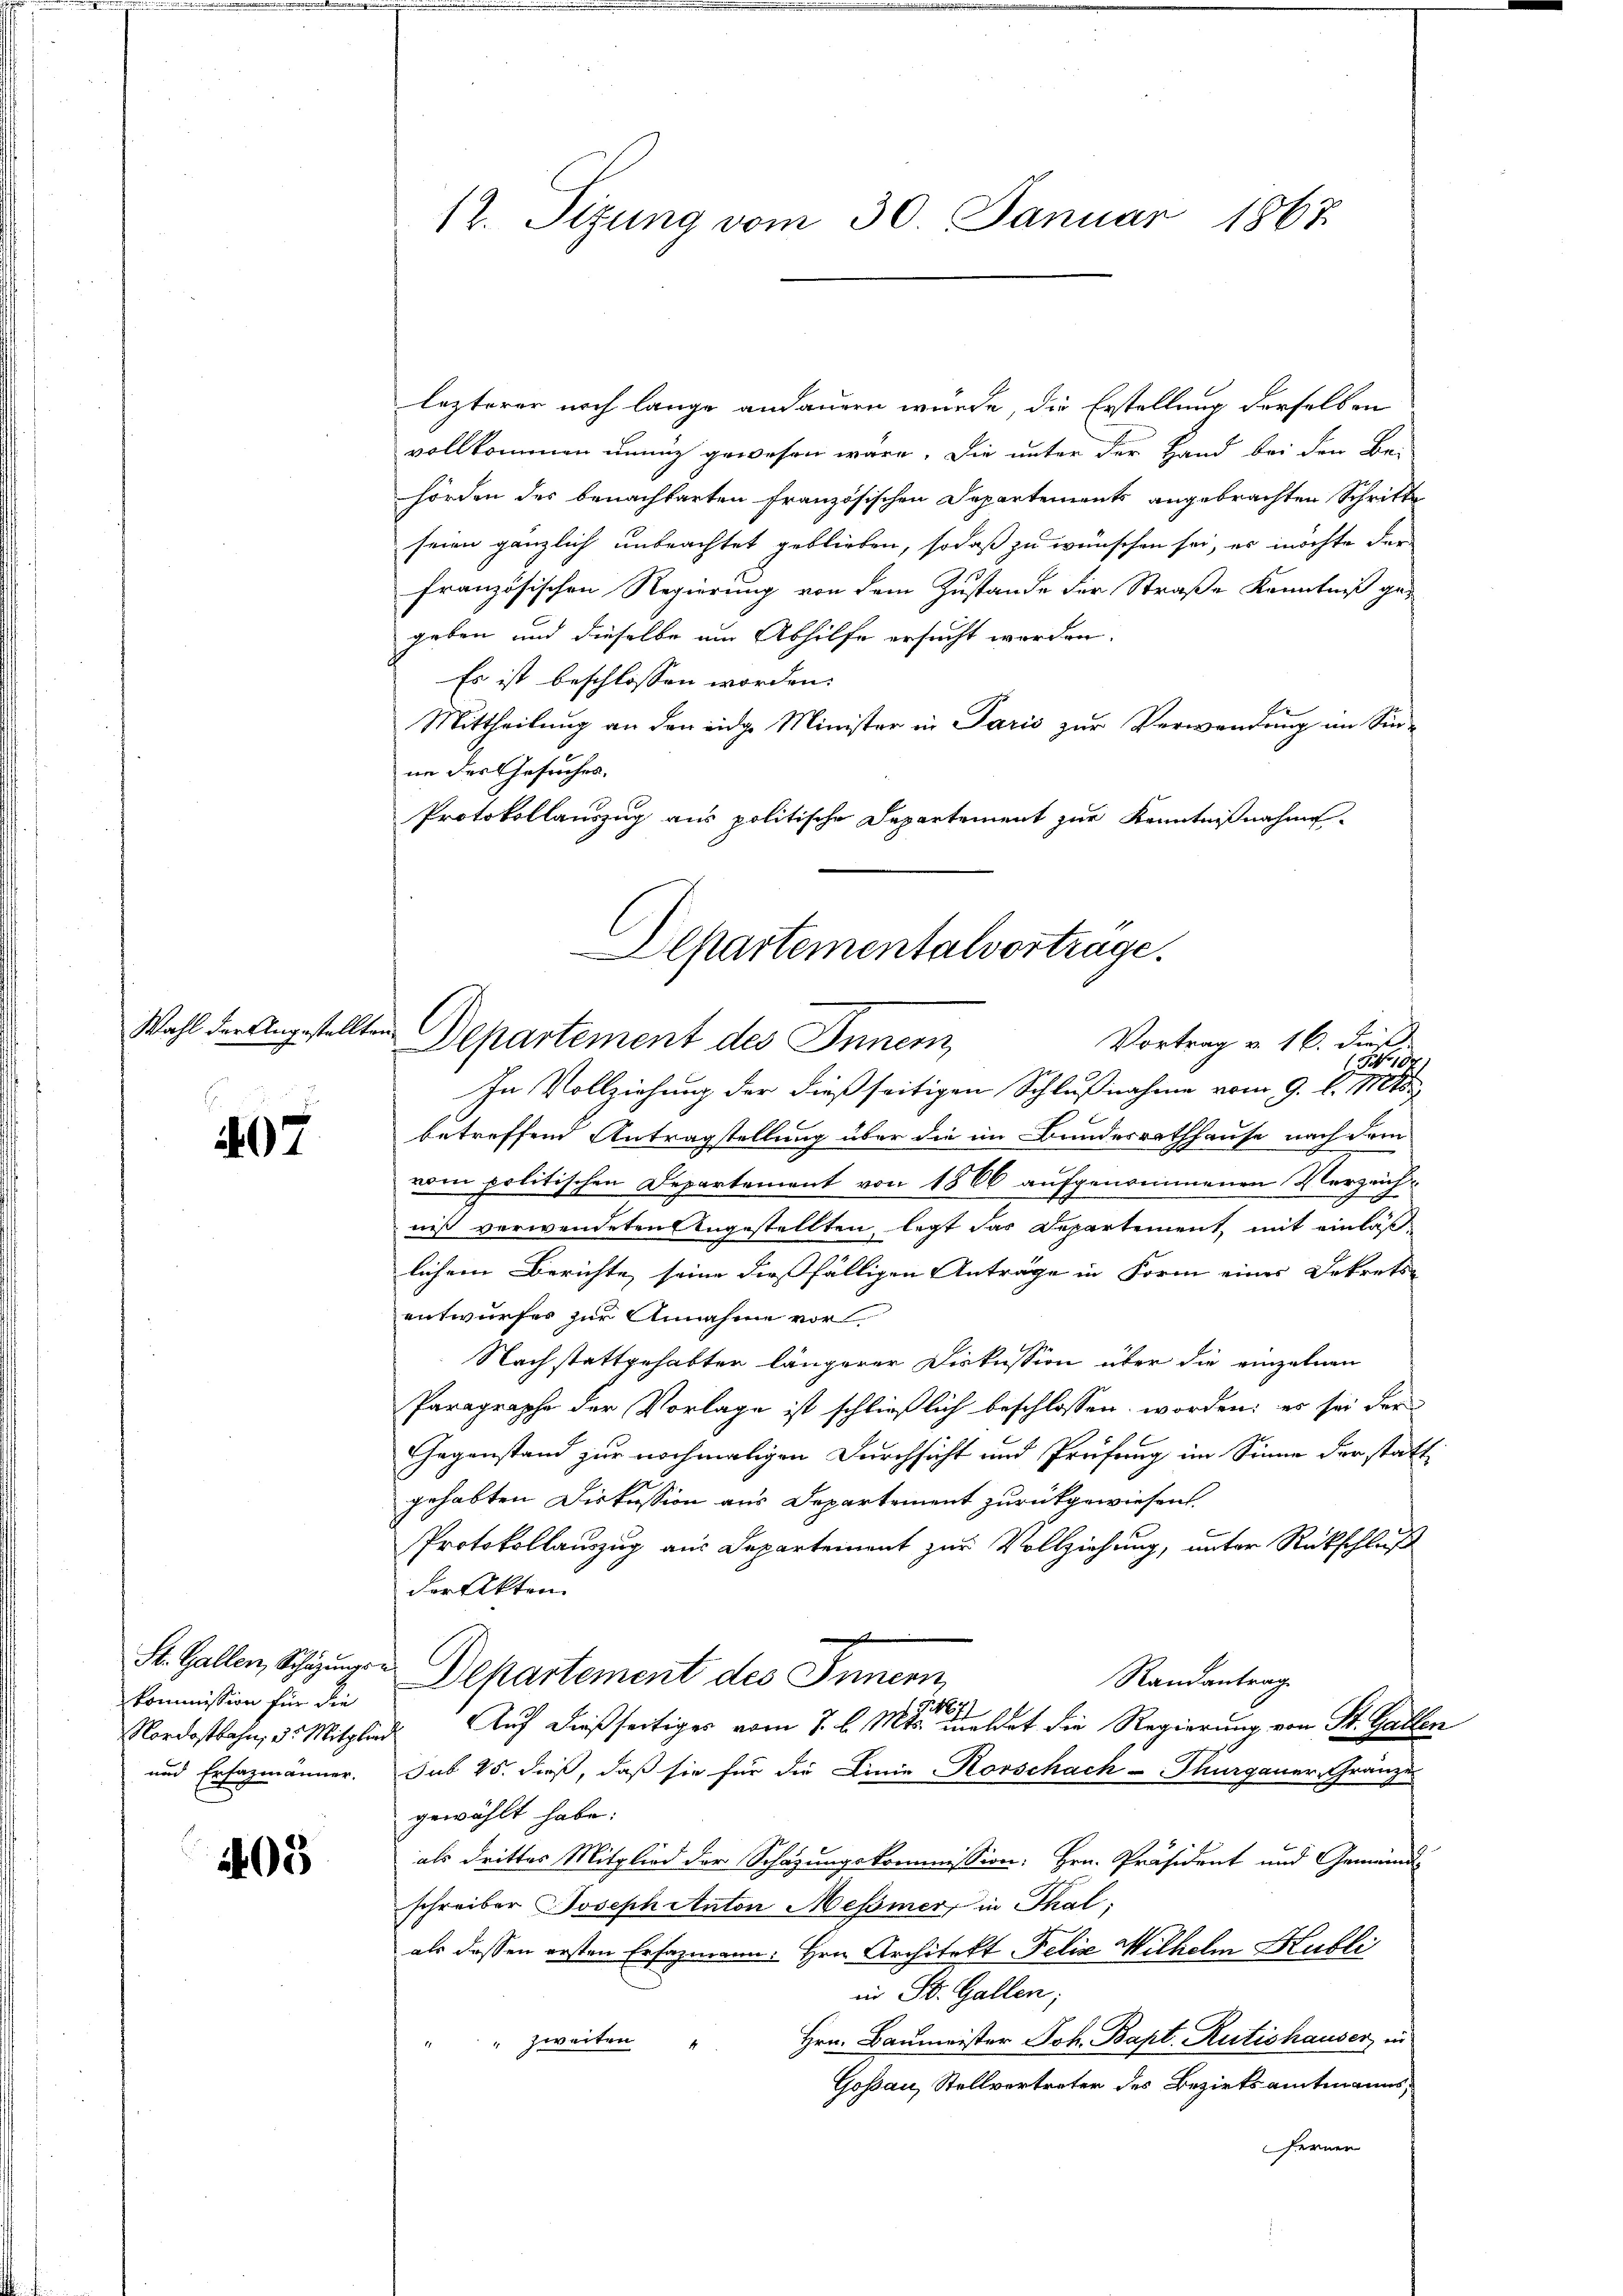
Wahl der Angestellten

407

kommission für die
Nordostbahn, d. Mitglied
und Erfazmänner.

403

12. Sizung vom 30. Januar 1867.

Departementalvortrage.
Vortrag v. 16. dieß
Departement des Innen,

lezterer noch lange andauern wurde, die Erstellung derselben
vollkommen unung gewesen wäre. Die unter der Hand bei den Be-
hörden des benachbarten französischen Departements angebrachten Schritte
seien gänzlich unbeachtet geblieben, sodaß zu wünschen sei, es möchte der
französischen Regierung von dem Zustande der Straße Kenntniß gegeben und dieselbe um Abhilfe ersucht werden.
Es ist beschlossen worden.
Mittheilung an den eige Minister in Paris zur Verwendung im Sin-
nn der Gesuches.
Protokollauszug aus politische Departement zur Kenntnißnahme
NNo 107.
In Vollziehung der dießseitigen Schlußnahme vom 9. d. 115.
betreffend Antragstellung über die im Bundesrathhause nach demn
vom politischen Departement von 1866 aufgenommenen Verzeichniß verwendeten Angestellten, legt das Departement, mit einlaß
lichem Berichte seine dießfälligen Anträge in Form eines Dekrets-
entwurfes zur Annahme vor.
Nachstattgehabten längerer Diskussion über die einzelnen
Paragraphe der Vorlage ist schließlich beschlossen worden: es sei der
Gegenstand zur nochmaligen Durchsicht und Prüfung im Sinne der statt
gehabten Diskussion aus Departement zurückgewiesen.
Protokollauszug aus Departement zur Vollziehung, unter Rückschluß
der Akten.
St. Gallen Schazungen Departement des Innern,
Randantrag
1671
Auf dießseitiges vom 7. d. Mts. meldet die Regierung von St. Galle.
sub 15. dieß, daß sie für die Linie Korschach - Thurgauer-Gränze
gewählt habe.
als drittes Mitglied der Schazungskommission. Hrn. Präsident und Gemeinde
schreiber Joseph Anton Messner, in Thal;
als dessen ersten Erfazmann: Hrn. Architekt Felix Wilhelm Hubli
in St. Gallen;
Hrn. Baumeister Joh. Bapt. Rütishauser in
" zweiten
Goßau, Stellvertreter des Bezirksamtmanns,
ferner